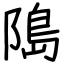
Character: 﨩